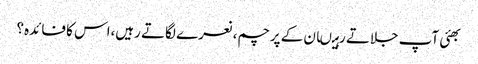
بھئی آپ جلاتے رہیںان کے پرچم،نعرے لگاتے رہیں،اس کا فائدہ؟